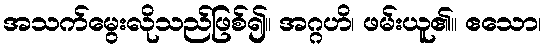
အသက်မွေးလိုသည်ဖြစ်၍။ အဂ္ဂဟိ၊ ဖမ်းယူ၏။ ဧသော၊